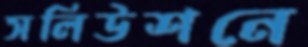
সলিউশনে